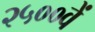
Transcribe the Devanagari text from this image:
२५००वें